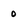
Character: 0